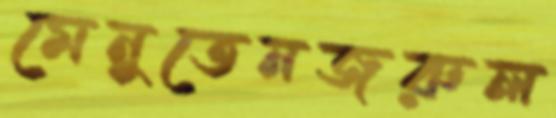
মেনুতেনজরুল